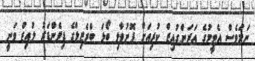
ނަމަވެސް އެޓީމުގެ އަރަންގުއިޒް ކުރިއަށް ފޮނުވާލި ބޯޅަ ބްރެޒިލްގެ ޑިފެންޑަރު ލުއިޒް ވަނީ